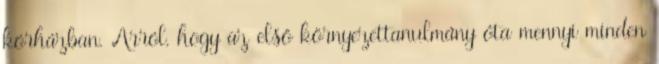
kórházban. Arról, hogy az első környezettanulmány óta mennyi minden